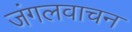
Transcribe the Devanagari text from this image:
जंगलवाचन